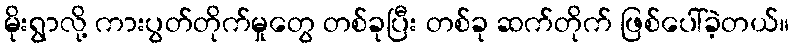
မိုးရွာလို့ ကားပွတ်တိုက်မှုတွေ တစ်ခုပြီး တစ်ခု ဆက်တိုက် ဖြစ်ပေါ်ခဲ့တယ်။